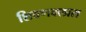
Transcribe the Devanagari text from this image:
शिवणक्लास